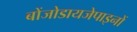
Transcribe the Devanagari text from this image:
बोंजोडायजेपाइनों